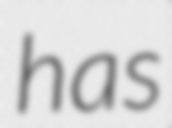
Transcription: has